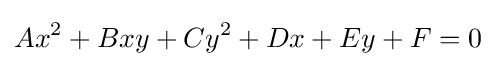
Ax^{2}+Bxy+Cy^{2}+Dx+Ey+F=0